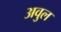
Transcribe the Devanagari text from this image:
अवुल